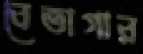
বেতাগার